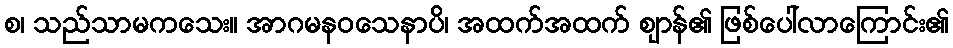
စ၊ သည်သာမကသေး။ အာဂမနဝသေနာပိ၊ အထက်အထက် ဈာန်၏ ဖြစ်ပေါ်လာကြောင်း၏